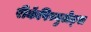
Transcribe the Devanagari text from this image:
रीकॅपिच्युलेट्स